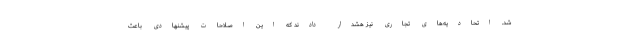
شد. اتحادیه‌های تجاری نیز هشدار دادند که این اصلاحات پیشنهادی باعث